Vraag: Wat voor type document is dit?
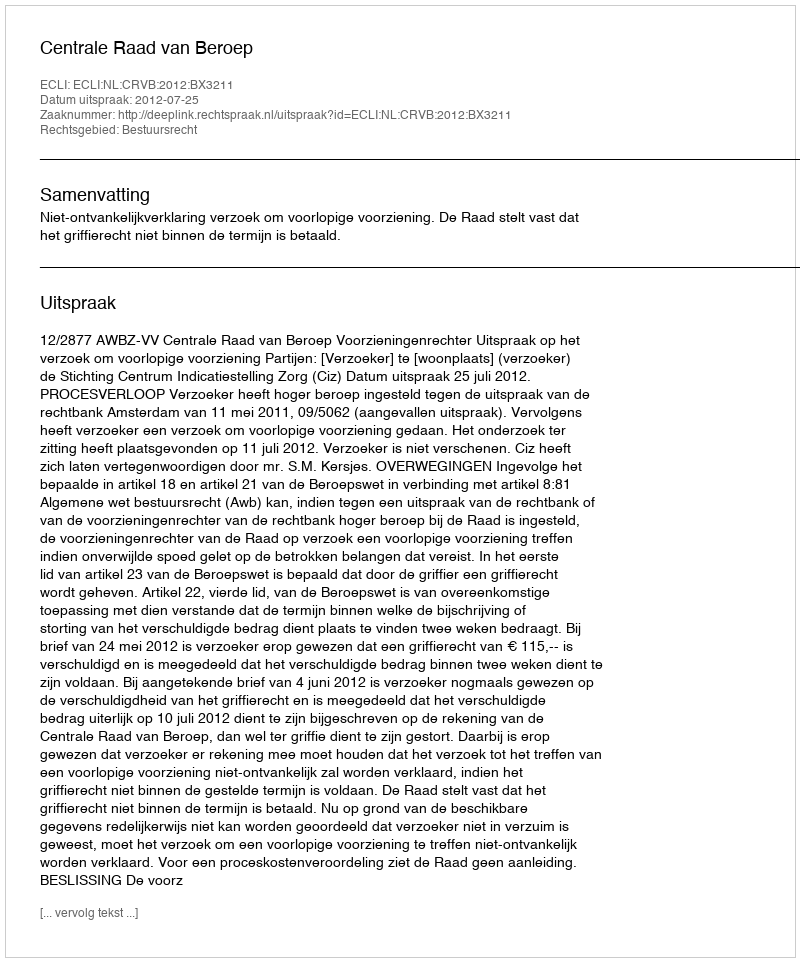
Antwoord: Uitspraak